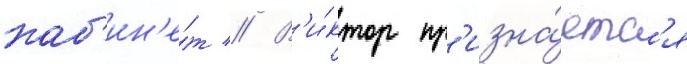
каб'ин'е́т // В'и́ктор пр'изна́етс'я